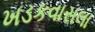
ખડકવાસલા